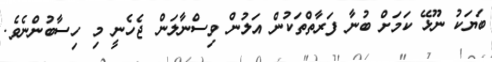
ބަޔަކު ނޫޅޭ ކަމަށް ބުނާ ފަރާތްތަކުން އަލުން ވިސްނާލަން ޖެހެނީ މި ހިސާބުންނެވެ.